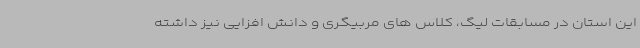
این استان در مسابقات لیگ، کلاس های مربیگری و دانش افزایی نیز داشته